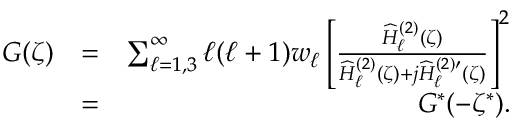
\begin{array} { r l r } { G ( \zeta ) } & { = } & { \sum _ { \ell = 1 , 3 } ^ { \infty } \ell ( \ell + 1 ) w _ { \ell } \left[ \frac { \widehat { H } _ { \ell } ^ { ( 2 ) } ( \zeta ) } { \widehat { H } _ { \ell } ^ { ( 2 ) } ( \zeta ) + j \widehat { H } _ { \ell } ^ { ( 2 ) \prime } ( \zeta ) } \right] ^ { 2 } } \\ & { = } & { G ^ { * } ( - \zeta ^ { * } ) . } \end{array}